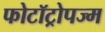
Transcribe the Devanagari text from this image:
फोटॉट्रोपज्म